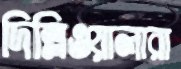
দিল্লিওয়ালারা